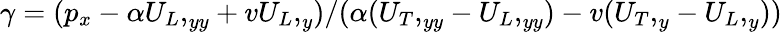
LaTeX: \begin{array}{r}{\gamma=(p_{x}-\alpha{U_{L},}_{yy}+v{U_{L},}_{y})/(\alpha({U_{T},}_{yy}-{U_{L},}_{yy})-v({U_{T},}_{y}-{U_{L},}_{y}))}\end{array}